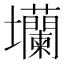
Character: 𡔔